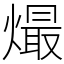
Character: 熶